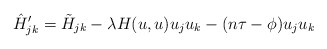
\begin{align*}\hat{H}'_{jk}&=\tilde{H}_{jk}-\lambda H(u,u)u_ju_k-(n\tau-\phi)u_ju_k\end{align*}